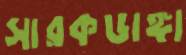
সারকডাঙ্গা